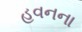
હવનના